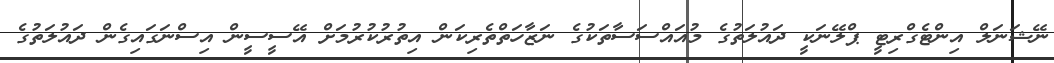
ނޭޝަނަލް އިންޓެގްރިޓީ ޕްލޭނަކީ ދައުލަތުގެ މުއައްސަސާތަކުގެ ނަޒާހަތްތެރިކަން އިތުރުކުރުމަށް އޭސީސީން އިސްނަގައިގެން ދައުލަތުގެ